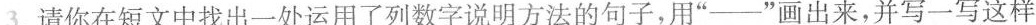
3.请你在短文中找出一处运用了列数字说明方法的句子，用”——”画出来，并写一写这样